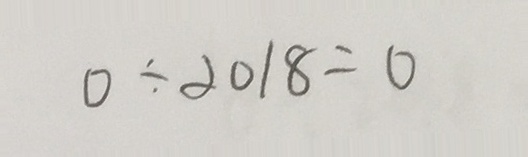
0 \div 2 0 1 8 = 0